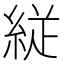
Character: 𮈕